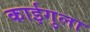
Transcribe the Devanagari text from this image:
काईगुला